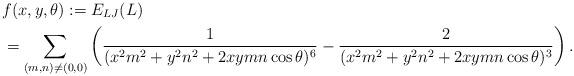
LaTeX: \begin{align*}&f(x,y,\theta):=E_{LJ}(L)\\&=\sum_{(m,n)\neq(0,0)}\left(\frac{1}{(x^2m^2+y^2n^2+2xymn\cos\theta)^6}-\frac{2}{(x^2m^2+y^2n^2+2xymn\cos\theta)^3} \right).\end{align*}